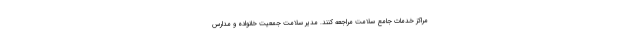
مراکز خدمات جامع سلامت مراجعه کنند. مدیر سلامت جمعیت خانواده و مدارس